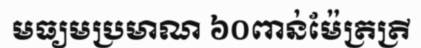
មធ្យមប្រមាណ ៦០ពាន់ម៉ែត្រត្រី